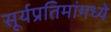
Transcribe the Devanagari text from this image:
सूर्यप्रतिमांमध्ये